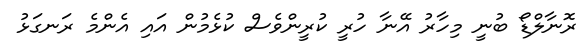
ރޮނާލްޑޯ ބުނީ މިހާރު އޭނާ ހުރީ ކުރީންވެސް ކުޅެމުން އަައި އެންމެ ރަނގަޅު